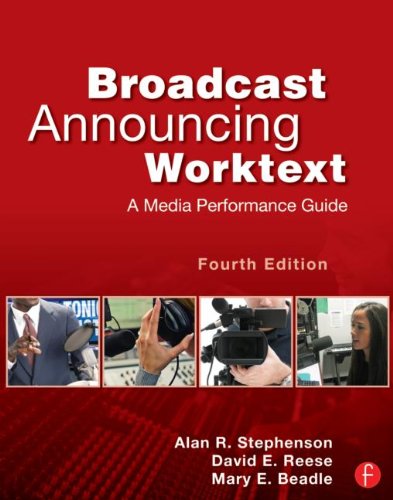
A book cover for Broadcast Announcing Worktext: A Media Performance Guide; Alan R. Stephenson; Humor & Entertainment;